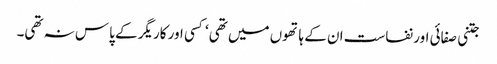
جتنی صفائی اور نفاست ان کے ہاتھوں میں تھی‘ کسی اور کاریگر کے پاس نہ تھی۔